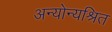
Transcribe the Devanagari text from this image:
अन्योन्यश्रित